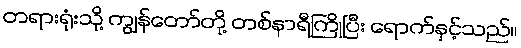
တရားရုံးသို့ ကျွန်တော်တို့ တစ်နာရီကြိုပြီး ရောက်နှင့်သည်။